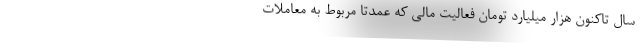
سال تاکنون هزار میلیارد تومان فعالیت مالی که عمدتا مربوط به معاملات